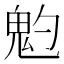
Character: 𩲃